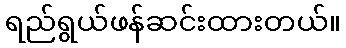
ရည်ရွယ်ဖန်ဆင်းထားတယ်။